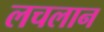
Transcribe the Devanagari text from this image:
लचलान